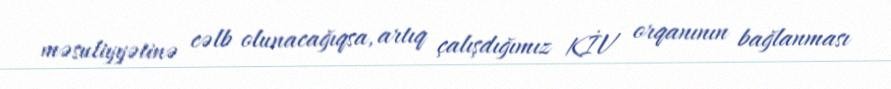
məsuliyyətinə cəlb olunacağıqsa, artıq çalışdığımız KİV orqanının bağlanması